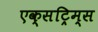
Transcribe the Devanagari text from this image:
एक्सट्रिम्स